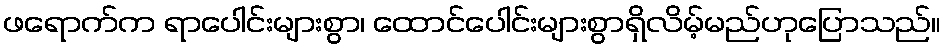
ဖရောက်က ရာပေါင်းများစွာ၊ ထောင်ပေါင်းများစွာရှိလိမ့်မည်ဟုပြောသည်။